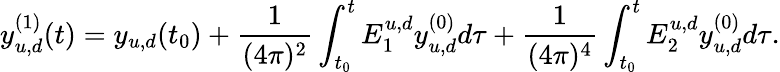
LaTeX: y_{u,d}^{(1)}(t)=y_{u,d}(t_{0})+\frac{1}{(4\pi)^{2}}\int_{t_{0}}^{t}E_{1}^{u,d}y_{u,d}^{(0)}d\tau+\frac{1}{(4\pi)^{4}}\int_{t_{0}}^{t}E_{2}^{u,d}y_{u,d}^{(0)}d\tau.